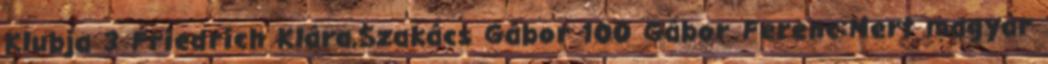
Klubja 3 Friedrich Klára,Szakács Gábor 100 Gábor Ferenc:Mert magyar